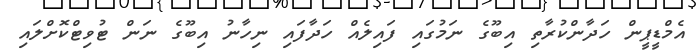
އެމްޑީޕީން ހަދާންކުރާތި އިބޫގެ ނަމުގައި ފައިލެއް ހަދާފައި ނިހާނު އިބޫގެ ނަން ޓުވިޓްކޮށްލައި